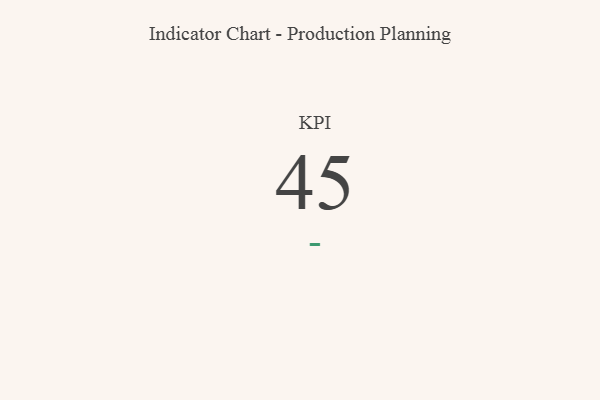
{"axis": {"x": "KPI", "y": "Value"}, "legend": [""], "data": [{"x": "KPI", "y": 45, "type": ""}]}